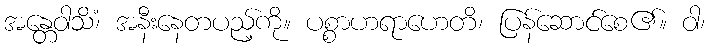
အန္တေဝါသိံ၊ အနီးနေတပည့်ကို။ ပစ္စာဟရာဟေတိ၊ ပြန်ဆောင်စေ၏။ ဝါ၊